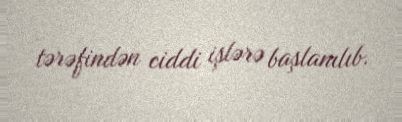
tərəfindən ciddi işlərə başlanılıb.